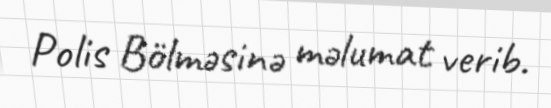
Polis Bölməsinə məlumat verib.